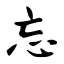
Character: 忘